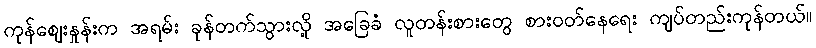
ကုန်ဈေးနှုန်းက အရမ်း ခုန်တက်သွားလို့ အခြေခံ လူတန်းစားတွေ စားဝတ်နေရေး ကျပ်တည်းကုန်တယ်။